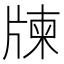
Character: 𤗛